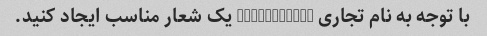
با توجه به نام تجاری “PizzaEats” یک شعار مناسب ایجاد کنید.